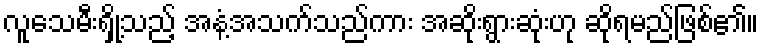
လူသေမီးရှို့သည့် အနံ့အသက်သည်ကား အဆိုးရွားဆုံးဟု ဆိုရမည်ဖြစ်၏။